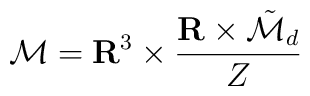
{\cal M}={\bf R}^3\times\frac{{\bf R}\times\tilde{\cal M}_d}{Z}